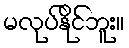
မလုပ်နိုင်ဘူး။